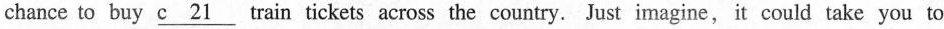
chance to buy \underline{c 21} train tickets across the country. Just imagine, it could take you to